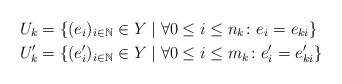
LaTeX: \begin{align*}U_k &= \{(e_i)_{i \in \mathbb{N}} \in Y \mid \forall 0 \leq i \leq n_k \colon e_i = e_{ki} \} \\U'_k &= \{(e'_i)_{i \in \mathbb{N}} \in Y \mid \forall 0 \leq i \leq m_k \colon e'_i = e'_{ki} \}\end{align*}